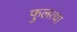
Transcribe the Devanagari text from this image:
फुलत्या